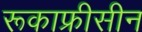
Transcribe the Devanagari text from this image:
रूकाफ्रीसीन